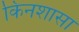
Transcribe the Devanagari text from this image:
किनशासा